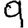
Digit: 9